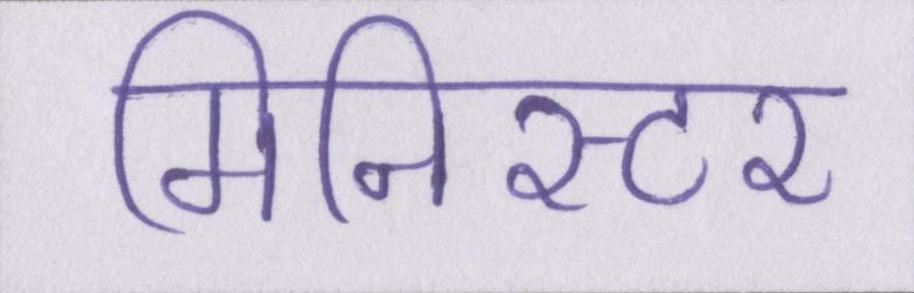
मिनिस्टर